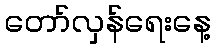
တော်လှန်ရေးနေ့